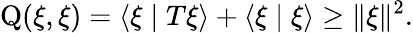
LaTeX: \operatorname{Q}(\xi,\xi)=\langle\xi\mid T\xi\rangle+\langle\xi\mid\xi\rangle\geq\| \xi\| ^{2}.